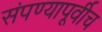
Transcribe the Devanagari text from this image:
संपण्यापूर्वीच